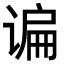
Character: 谝